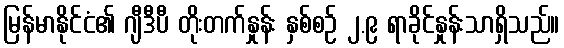
မြန်မာနိုင်ငံ၏ ဂျီဒီပီ တိုးတက်နှုန်း နှစ်စဉ် ၂.၉ ရာခိုင်နှုန်းသာရှိသည်။